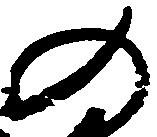
の